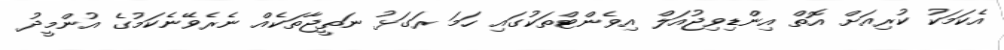
އެކަމަކު ކުރިއަށް އޮތް އިންޑިވިޖުއަލް އިވެންޓްތަކުގައި ހަމަ ރަގަޅު ނަތީޖާތަކެއް ނެރެވޭނެކަމުގެ އުންމީދު